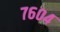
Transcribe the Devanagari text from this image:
७६०४